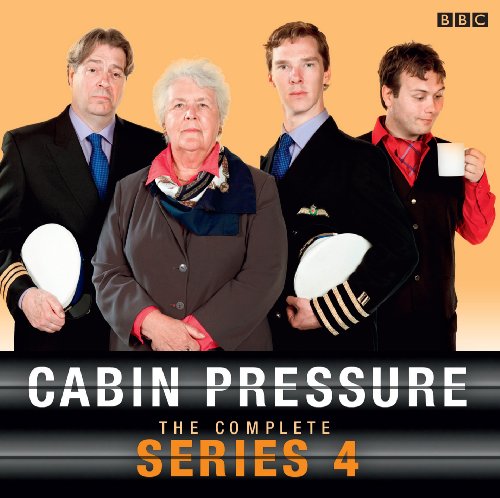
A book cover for Cabin Pressure: The Complete Series 4; John Finnemore; Humor & Entertainment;